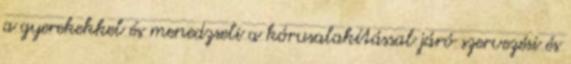
a gyerekekkel és menedzseli a kórusalakítással járó szervezési és